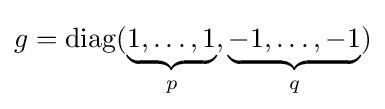
g=\mathrm {diag} (\underbrace {1,\ldots ,1} _{p},\underbrace {-1,\ldots ,-1} _{q})